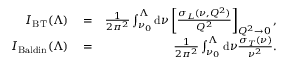
\begin{array} { r l r } { I _ { \mathrm { B T } } ( \Lambda ) } & { { } = } & { \frac { 1 } { 2 \pi ^ { 2 } } \int _ { \nu _ { 0 } } ^ { \Lambda } \mathrm { d } \nu \left[ \frac { \sigma _ { L } ( \nu , Q ^ { 2 } ) } { Q ^ { 2 } } \right] _ { Q ^ { 2 } \to 0 } , } \\ { I _ { \mathrm { B a l d i n } } ( \Lambda ) } & { { } = } & { \frac { 1 } { 2 \pi ^ { 2 } } \int _ { \nu _ { 0 } } ^ { \Lambda } \mathrm { d } \nu \frac { \sigma _ { T } ( \nu ) } { \nu ^ { 2 } } . } \end{array}